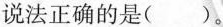
说法正确的是()。